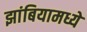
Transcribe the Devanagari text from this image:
झांबियामध्ये